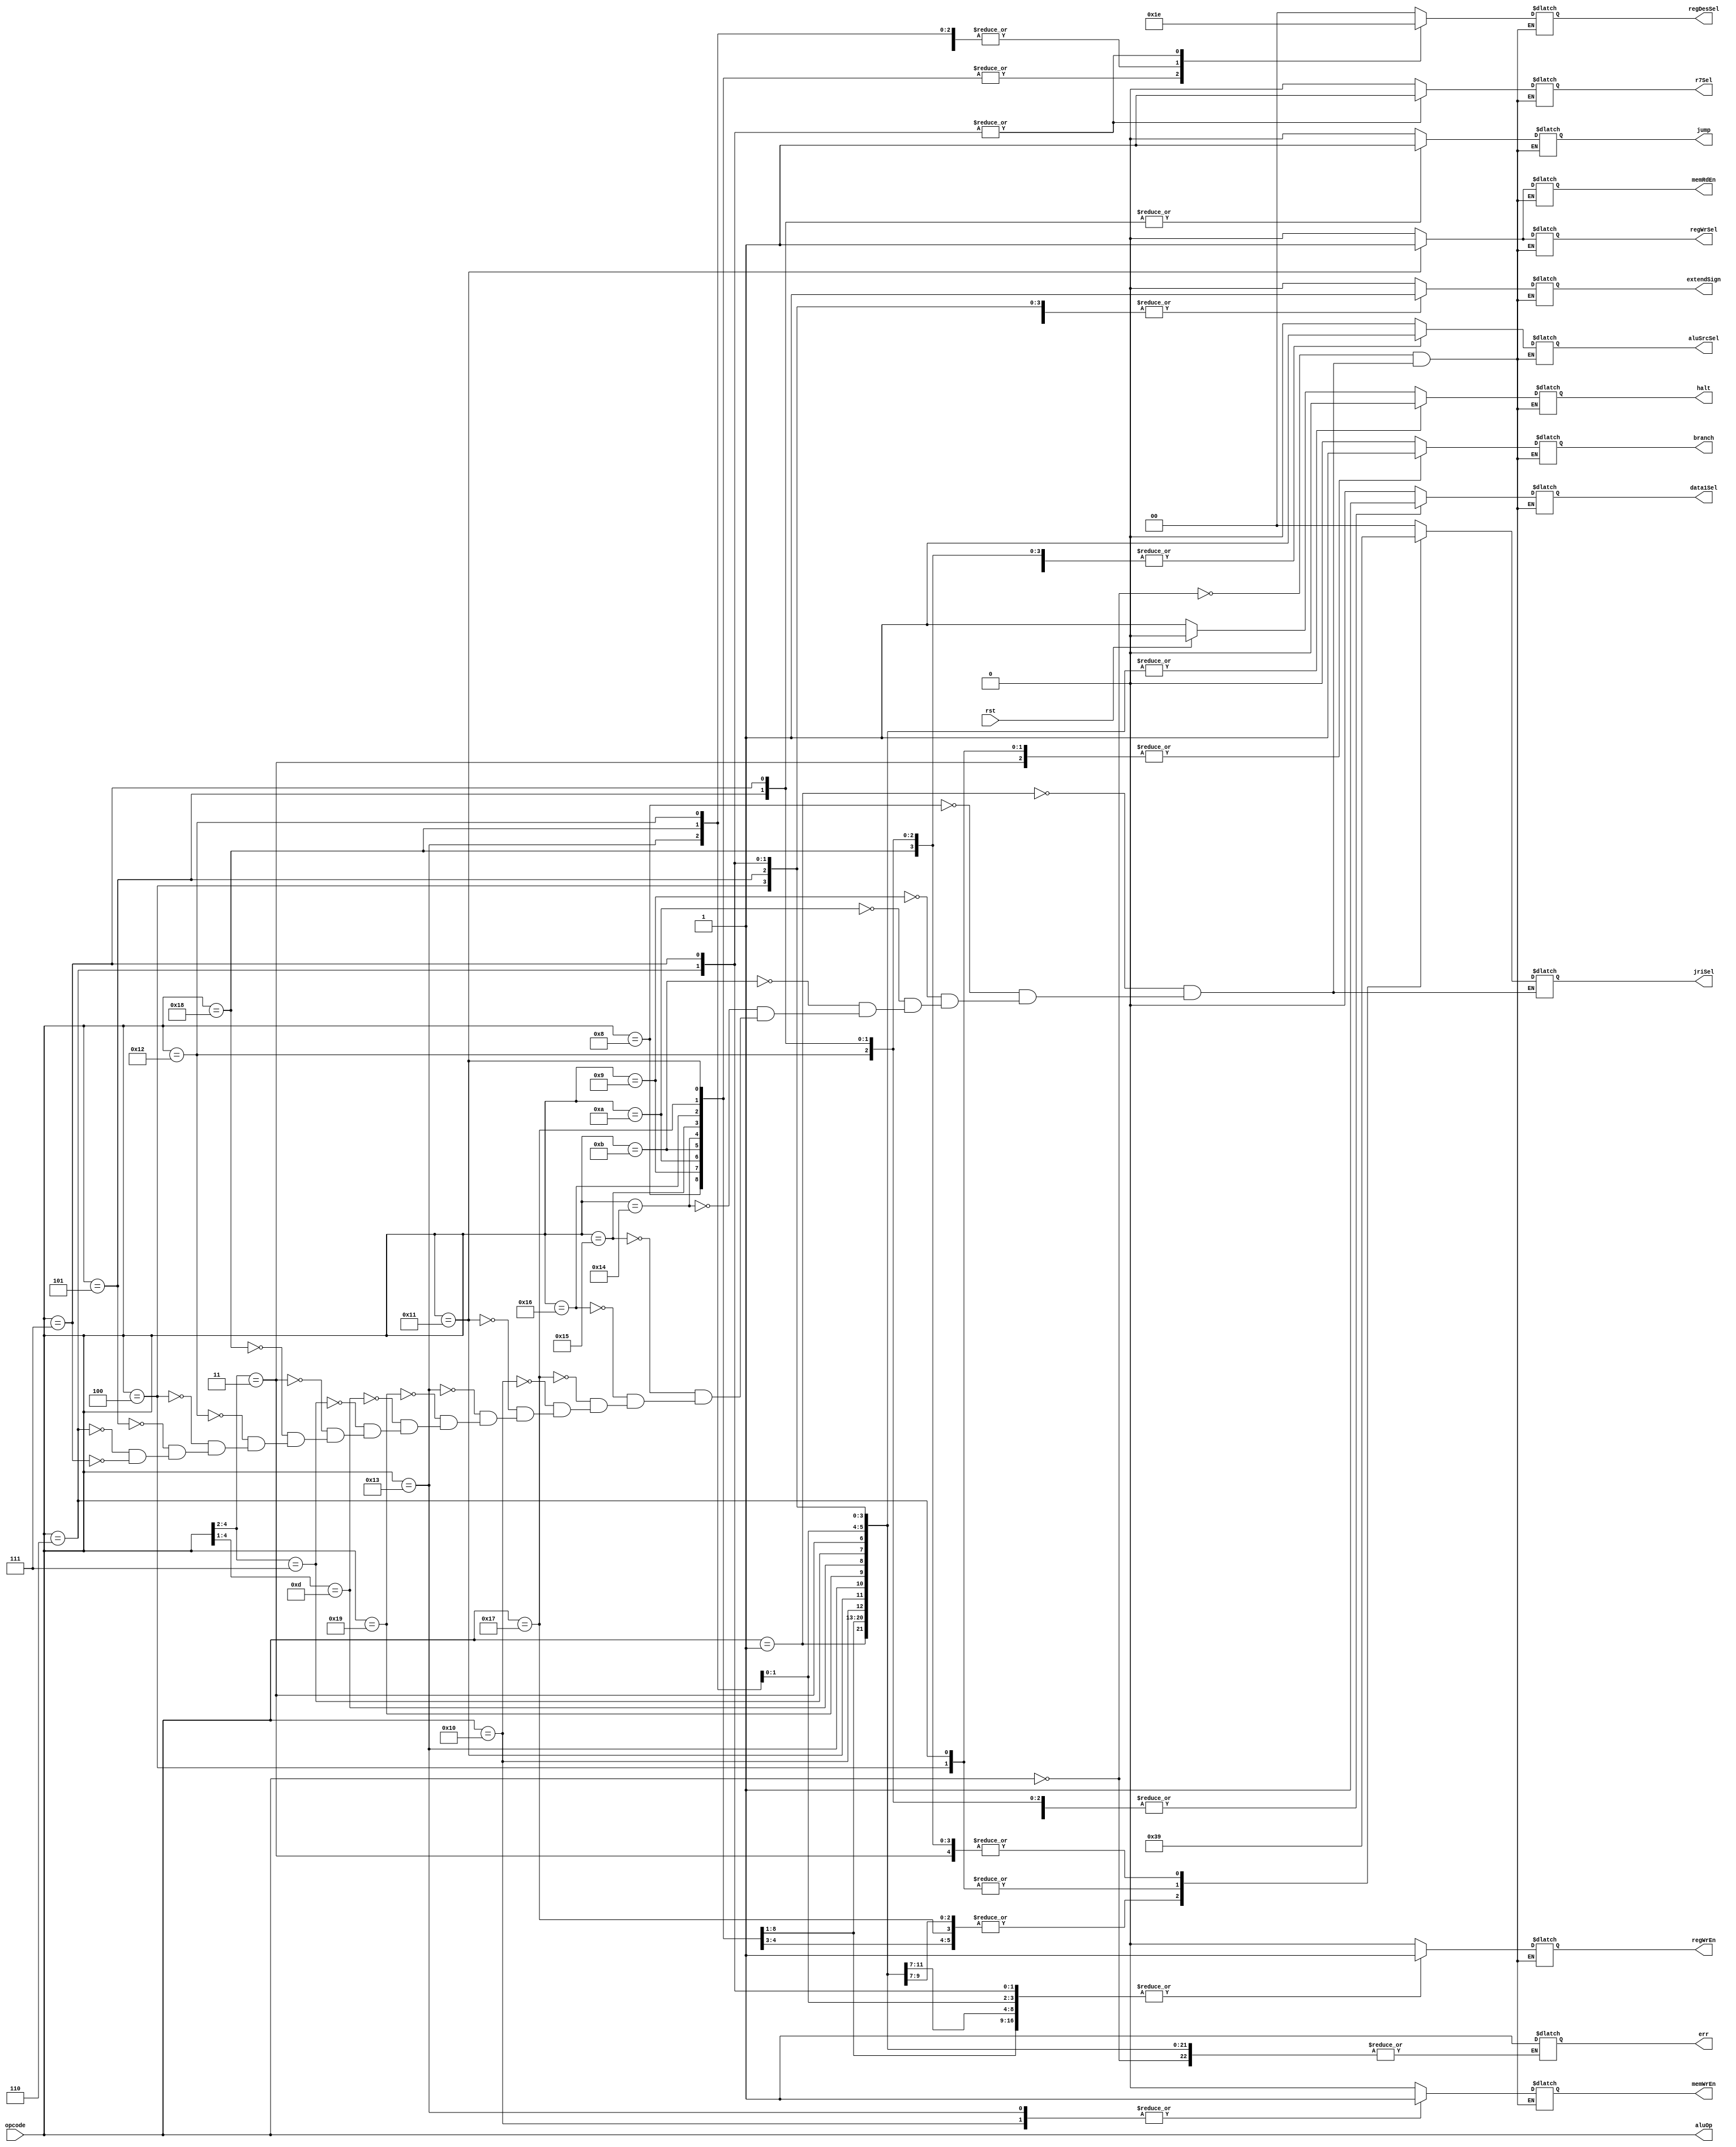
module op_control(opcode, err, halt, regDesSel, jump, branch, memRdEn, regWrSel, aluOp, memWrEn, aluSrcSel, regWrEn, jriSel, extendSign, data1Sel, r7Sel, rst);

input [4:0] opcode;
input rst;
output reg err, halt, jump, branch, memRdEn, regWrSel, memWrEn, aluSrcSel, regWrEn, extendSign, data1Sel, r7Sel;
output reg[1:0] regDesSel, jriSel;
output [4:0] aluOp;

assign aluOp = opcode;

  always@(*)
	begin
		casex (opcode)
		
		5'b00000: begin //HALT
			halt = rst ? 0 : 1;
			regDesSel = 0;
			jump = 0;
			branch = 0;
			memRdEn = 0;
			regWrSel = 0;
			memWrEn = 0;
			aluSrcSel = 0;
			regWrEn = 0;
			extendSign = 0;
			data1Sel = 0;
			r7Sel = 0;
		end
		
		5'b00001: begin //NOP
			halt = 0;
			regDesSel = 0;
			jump = 0;
			branch = 0;
			memRdEn = 0;
			regWrSel = 0;
			memWrEn = 0;
			aluSrcSel = 0;
			regWrEn = 0;
			jriSel = 0; 
			extendSign = 0;
			data1Sel = 0;
			r7Sel = 0;
			
		end
		
		5'b01000: begin //ADDI
			halt = 0;
			regDesSel = 2'b01; //write reg address is [7:5]
			jump = 0;
			branch = 0;
			memRdEn = 0;
			regWrSel = 0; //write ALU result to register
			memWrEn = 0;
			aluSrcSel = 1; //use sign-extended immediate
			regWrEn = 1;
			jriSel = 2'b00; //extend [4:0]
			extendSign = 1; //sign extend
			data1Sel = 1; //ALU input is register data
			r7Sel = 0;
			
		end
		
		5'b01001: begin //SUBI
			halt = 0;
			regDesSel = 2'b01; //write reg address is [7:5]
			jump = 0;
			branch = 0;
			memRdEn = 0;
			regWrSel = 0; //write ALU reult to register
			memWrEn = 0;
			aluSrcSel = 1; //use sign-extended immediate
			regWrEn = 1;
			jriSel = 2'b00; //extend [4:0]
			extendSign = 1; //sign extend
			data1Sel = 1; //ALU input is register data
			r7Sel = 0;
			
		end
		
		5'b01010: begin //XORI
			halt = 0;
			regDesSel = 2'b01; //write reg address is [7:5]
			jump = 0;
			branch = 0;
			memRdEn = 0;
			regWrSel = 0; //write ALU reult to register
			memWrEn = 0;
			aluSrcSel = 1; //use sign-extended immediate
			regWrEn = 1;
			jriSel = 2'b00; //extend [4:0]
			extendSign = 0; //zero extend
			data1Sel = 1; //ALU input is register data
			r7Sel = 0;
			
		end
		
		5'b01011: begin //ANDNI
			halt = 0;
			regDesSel = 2'b01; //write reg address is [7:5]
			jump = 0;
			branch = 0;
			memRdEn = 0;
			regWrSel = 0; //write ALU reult to register
			memWrEn = 0;
			aluSrcSel = 1; //use sign-extended immediate
			regWrEn = 1;
			jriSel = 2'b00; //extend [4:0]
			extendSign = 0; //zero extend
			data1Sel = 1; //ALU input is register data
			r7Sel = 0;
			
		end
		
		5'b10100: begin //ROLI
			halt = 0;
			regDesSel = 2'b01; //write reg address is [7:5]
			jump = 0;
			branch = 0;
			memRdEn = 0;
			regWrSel = 0; //write ALU reult to register
			memWrEn = 0;
			aluSrcSel = 1; //use sign-extended immediate
			regWrEn = 1;
			jriSel = 2'b11; //don't care, not extending
			extendSign = 0; //don't care
			data1Sel = 1; //ALU input is register data
			r7Sel = 0;
			
		end
		
		5'b10101: begin //SLLI
			halt = 0;
			regDesSel = 2'b01; //write reg address is [7:5]
			jump = 0;
			branch = 0;
			memRdEn = 0;
			regWrSel = 0; //write ALU reult to register
			memWrEn = 0;
			aluSrcSel = 1; //use sign-extended immediate
			regWrEn = 1;
			jriSel = 2'b11; //don't care, not extending
			extendSign = 0; //don't care
			data1Sel = 1; //ALU input is register data
			r7Sel = 0;
			
		end
		
		5'b10110: begin //RORI
			halt = 0;
			regDesSel = 2'b01; //write reg address is [7:5]
			jump = 0;
			branch = 0;
			memRdEn = 0;
			regWrSel = 0; //write ALU reult to register
			memWrEn = 0;
			aluSrcSel = 1; //use sign-extended immediate
			regWrEn = 1;
			jriSel = 2'b00; //don't care, noto extending
			extendSign = 0; //don't care
			data1Sel = 1; //ALU input is register data
			r7Sel = 0;
			
		end
		
		5'b10111: begin //SRLI
			halt = 0;
			regDesSel = 2'b01; //write reg address is [7:5]
			jump = 0;
			branch = 0;
			memRdEn = 0;
			regWrSel = 0; //write ALU reult to register
			memWrEn = 0;
			aluSrcSel = 1; //use sign-extended immediate
			regWrEn = 1;
			jriSel = 2'b11; //don't care, not extending
			extendSign = 0; //don't care
			data1Sel = 1; //ALU input is register data
			r7Sel = 0;
			
		end
		
		5'b10000: begin //ST
			halt = 0;
			regDesSel = 2'b11; //don't care - not writing to register
			jump = 0;
			branch = 0;
			memRdEn = 0;
			regWrSel = 0; //don't care - not writing to regiter
			memWrEn = 1;		
			aluSrcSel = 1; //use sign-extended immediate
			regWrEn = 0;
			jriSel = 2'b00; //extend [4:0]
			extendSign = 1; //sign extend
			data1Sel = 1; //ALU input is register data
			r7Sel = 0;
			
		end
		
		5'b10001: begin //LD
			halt = 0;
			regDesSel = 2'b01; //write reg add is [7:5]
			jump = 0;
			branch = 0;
			memRdEn = 1;
			regWrSel = 1; //write memory data to register
			memWrEn = 0;
			aluSrcSel = 1; //use sign-extended immediate
			regWrEn = 1;
			jriSel = 2'b00; //extend [4:0]
			extendSign = 1; //sign extend
			data1Sel = 1; //ALU input is register data
			r7Sel = 0;
			
		end
		
		5'b10011: begin //STU
			halt = 0;
			regDesSel = 2'b11;//write reg add is [10:8]
			jump = 0;
			branch = 0;
			memRdEn = 0;
			regWrSel = 0; //write ALU result to register
			memWrEn = 1;
			aluSrcSel = 1; //use sign-extended immediate
			regWrEn = 1;
			jriSel = 2'b00; //extend [4:0]
			extendSign = 1; //sign extend
			data1Sel = 1; //ALU input is register data
			r7Sel = 0;
			
		end
		
		5'b11001: begin //BTR
			halt = 0;
			regDesSel = 2'b00; //write reg address is [4:2]
			jump = 0;
			branch = 0;
			memRdEn = 0;
			regWrSel = 0; //write ALU result to register
			memWrEn = 0;
			aluSrcSel = 0; //use reg data 2
			regWrEn = 1;
			jriSel = 2'b11; //don't care - not sign-extending
			extendSign = 0; //don't care, not extending
			data1Sel = 1; //ALU input is register data
			r7Sel = 0;
			
		end	
		
		5'b1101?: begin //ADD, SUB, XOR, ANDN, ROL, SLL, ROR, SRL
			halt = 0;
			regDesSel = 2'b00; //write reg address is [4:2]
			jump = 0;
			branch = 0;
			memRdEn = 0;
			regWrSel = 0; //write ALU result to register
			memWrEn = 0;
			aluSrcSel = 0; //use reg data 2
			regWrEn = 1;
			jriSel = 2'b11; //don't care - not sign-extending
			extendSign = 0; //don't care, not extending
			data1Sel = 1; //ALU input is register data
			r7Sel = 0;
			
		end	
		
		5'b111??: begin //SEQ, SLT, SLE, SCO
			halt = 0;
			regDesSel = 2'b00; //write reg address is [4:2]
			jump = 0;
			branch = 0;
			memRdEn = 0;
			regWrSel = 0; //0 and 1 comes from ALU result
			memWrEn = 0;
			aluSrcSel = 0; //use reg data 2
			regWrEn = 1;
			jriSel = 2'b11; //don't care - not sign-extending
			extendSign = 0; //don't care, not extending
			data1Sel = 1; //ALU input is register data
			r7Sel = 0;
			
		end	
		
		5'b011??: begin //BEQZ, BNEZ, BLTZ, BGEZ
			halt = 0;
			regDesSel = 2'b00; //don't care - not writing to register
			jump = 0;
			branch = 1;
			memRdEn = 0;
			regWrSel = 0; //don't care - not writing to register (PC)
			memWrEn = 0;
			aluSrcSel = 0; //don't care - not using immediate or reg data
			regWrEn = 0;
			jriSel = 2'b01; //extend [7:0]
			extendSign = 1; //sign extend
			data1Sel = 1; //ALU input is register data
			r7Sel = 0;
			
		end			
		
		5'b11000: begin //LBI		
			halt = 0;
			regDesSel = 2'b11; //write to [10:8]
			jump = 0;
			branch = 0;
			memRdEn = 0;
			regWrSel = 0; //write ALU result to register
			memWrEn = 0;
			aluSrcSel = 1; //use sign-extended immediate
			regWrEn = 1;
			jriSel = 2'b01; //extend [7:0]
			extendSign = 1; //sign extend
			data1Sel = 0; //ALU input A is zero
			r7Sel = 0;
			
		end	
		
		5'b10010: begin //SLBI
			halt = 0;
			regDesSel = 2'b11; //write to [10:8]
			jump = 0;
			branch = 0;
			memRdEn = 0;
			regWrSel = 0; //write ALU result to register
			memWrEn = 0;
			aluSrcSel = 1; //use sign-extended immediate
			regWrEn = 1;
			jriSel = 2'b01; //extend [7:0]	
			extendSign = 0; //zero extend
			data1Sel = 1; //ALU input is register data
			r7Sel = 0;
			
		end	
		
		5'b00100: begin //J
			halt = 0;
			regDesSel = 0; //don't care - not writing to register
			jump = 0; //instruction same as branch
			branch = 1;
			memRdEn = 0;
			regWrSel = 0; //don't care - not writing to register
			memWrEn = 0;
			aluSrcSel = 0; //don't care - not using ALU
			regWrEn = 0; 
			jriSel = 2'b10; //extend [10:0]
			extendSign = 1; //sign extend
			data1Sel = 0; //don't care - not using ALU
			r7Sel = 0;
			
		end	
		
		5'b00101: begin //JR
			halt = 0;
			regDesSel = 0; //don't care - not writing to register
			jump = 1;
			branch = 0; //doesn't matter what branch is
			memRdEn = 0;
			regWrSel = 0; //don't care - not writing to register
			memWrEn = 0;
			aluSrcSel = 1; //use sign-extended immediate
			regWrEn = 0;
			jriSel = 2'b01; //sign extend [7:0]
			extendSign = 1; //sign extend
			data1Sel = 1; //ALU input is register data
			r7Sel = 0;
			
		end	
		
		5'b00110: begin //JAL
			halt = 0;
			regDesSel = 2'b10; //write to R7
			jump = 0; //so PC+2 chosen to be written
			branch = 1;
			memRdEn = 0;
			regWrSel = 0; //don't care - not using memory or ALU result 
			memWrEn = 0;
			aluSrcSel = 0; //don't care - not using ALU 
			regWrEn = 1;
			jriSel = 2'b10; //sign extend [10:0]
			extendSign = 1; //sign extend
			data1Sel = 0; //don't care
			r7Sel = 1;
			
		end	
		
		5'b00111: begin //JALR
			halt = 0;
			regDesSel = 2'b10; //write to R7			
			jump = 1;
			branch = 0;
			memRdEn = 0;
			regWrSel = 0; //don't care - writing PC+2
			memWrEn = 0;
			aluSrcSel = 1; //use sign-extended immediate
			regWrEn = 1;
			jriSel = 2'b01; //sign extend [7:0]
			extendSign = 1; //sign extend
			data1Sel = 1; //ALU input is register data
			r7Sel = 1;
			
		end			
		
		default: begin
			err = 1;
		end
		
		endcase
		
	end

endmodule